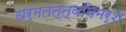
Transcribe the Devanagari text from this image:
धर्मतत्त्वविमर्श